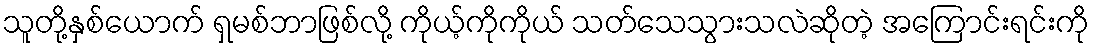
သူတို့နှစ်ယောက် ရှမစ်ဘာဖြစ်လို့ ကိုယ့်ကိုကိုယ် သတ်သေသွားသလဲဆိုတဲ့ အကြောင်းရင်းကို